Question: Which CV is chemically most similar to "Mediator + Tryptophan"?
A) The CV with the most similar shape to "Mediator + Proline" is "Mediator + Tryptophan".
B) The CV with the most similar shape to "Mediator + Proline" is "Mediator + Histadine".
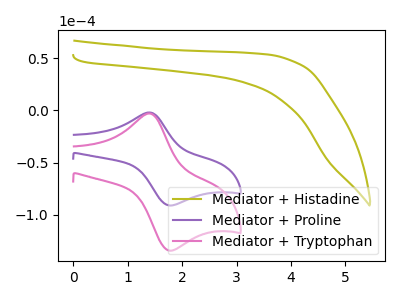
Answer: <think>The olive curve "Mediator + Histadine" has no peaks. The purple curve "Mediator + Proline" has an anodic peak at (1.40V, -1.95uA) and a cathodic peak at (1.75V, -91.00uA). The pink curve "Mediator + Tryptophan" has an anodic peak at (1.40V, -2.85uA) and a cathodic peak at (1.75V, -134.30uA).
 "Mediator + Histadine" and "Mediator + Proline" have a different number of peaks. "Mediator + Histadine" and "Mediator + Tryptophan" have a different number of peaks. All the peaks in "Mediator + Proline" have a peak in "Mediator + Tryptophan" at the same potential.</think>
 <answer>A) The CV with the most similar shape to "Mediator + Proline" is "Mediator + Tryptophan".</answer>
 <eval>A</eval>